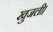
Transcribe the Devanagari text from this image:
खुजली।